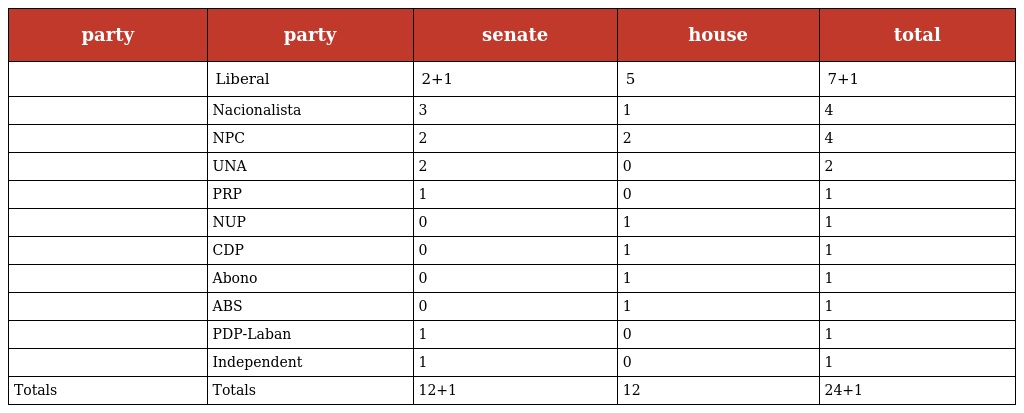
| party | party | senate | house | total |
 | --- | --- | --- | --- | --- |
 |  | Liberal | 2+1 | 5 | 7+1 |
 |  | Nacionalista | 3 | 1 | 4 |
 |  | NPC | 2 | 2 | 4 |
 |  | UNA | 2 | 0 | 2 |
 |  | PRP | 1 | 0 | 1 |
 |  | NUP | 0 | 1 | 1 |
 |  | CDP | 0 | 1 | 1 |
 |  | Abono | 0 | 1 | 1 |
 |  | ABS | 0 | 1 | 1 |
 |  | PDP-Laban | 1 | 0 | 1 |
 |  | Independent | 1 | 0 | 1 |
 | Totals | Totals | 12+1 | 12 | 24+1 |